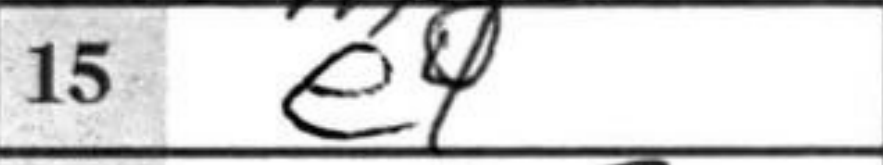
Transcription: e4